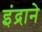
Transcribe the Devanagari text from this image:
इंद्राने